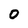
Character: 0